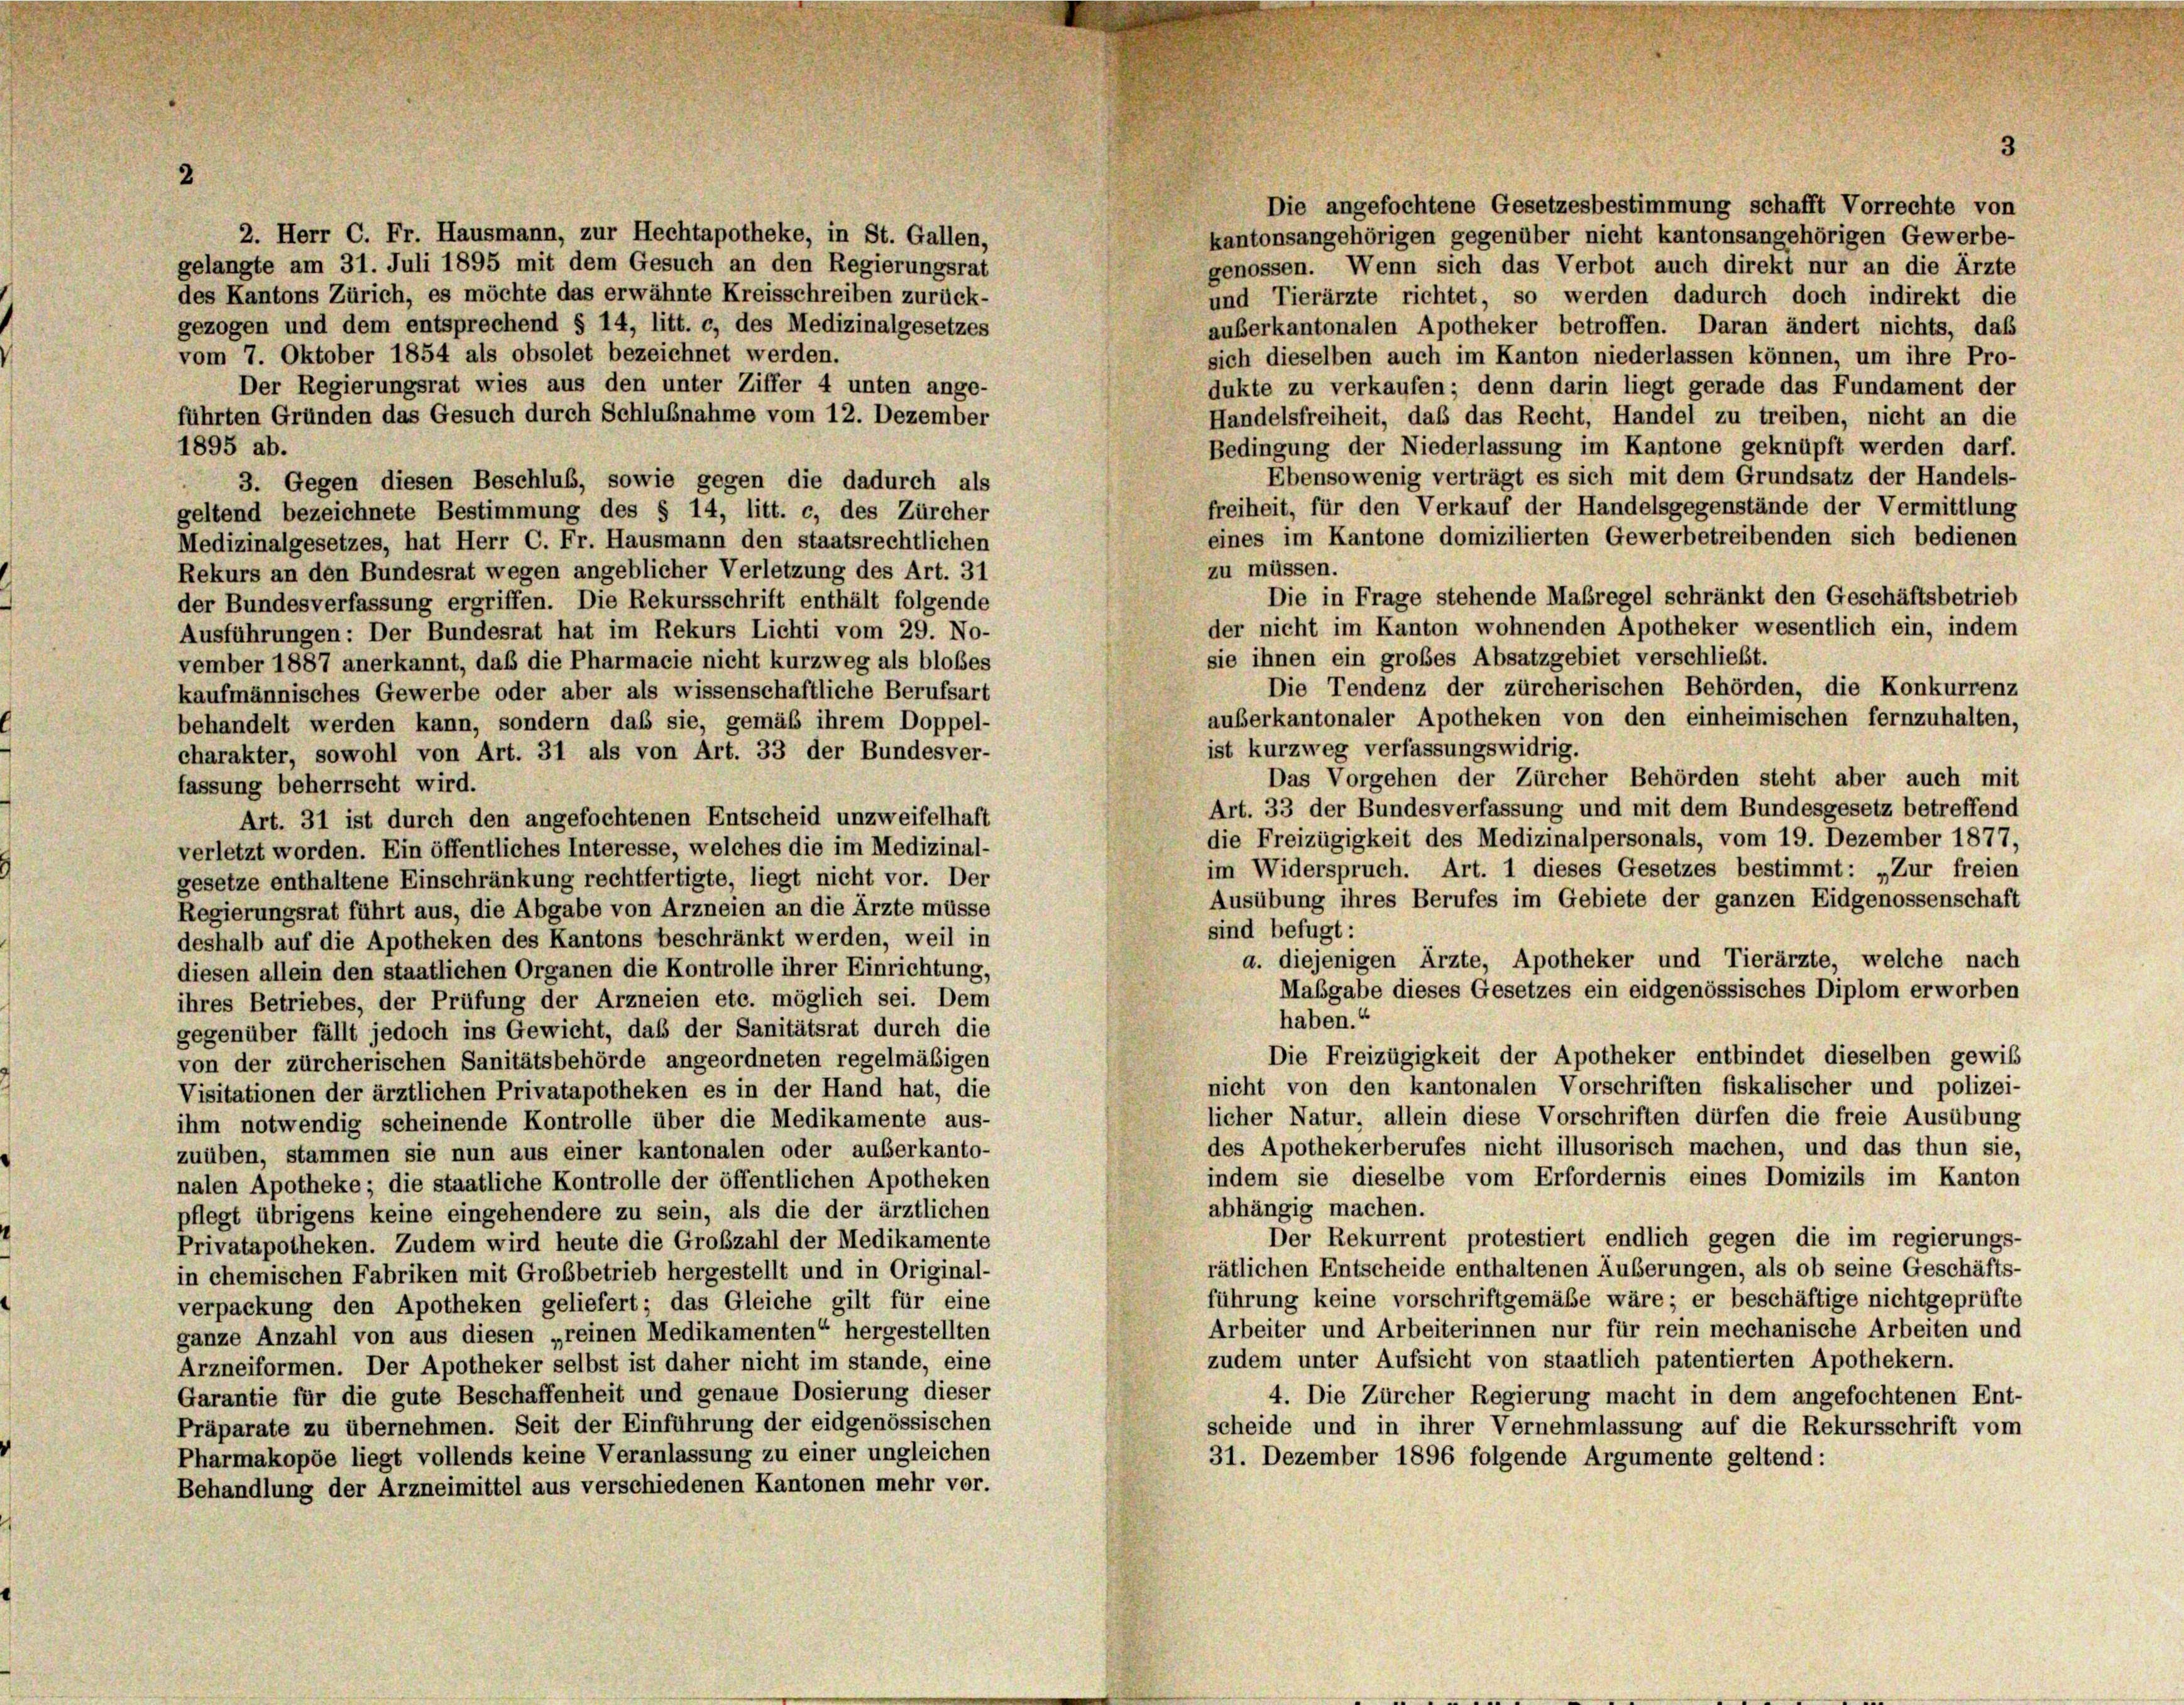
2

2. Herr C. Fr. Hausmann, zur Hechtapotheke, in St. Gallen,
gelangte am 31. Juli 1895 mit dem Gesuch an den Regierungsrat
des Kantons Zürich, es möchte das erwähnte Kreisschreiben zurück-
und Tierärzte richtet, so werden dadurch doch indirekt die
gezogen und dem entsprechend § 14, litt. c, des Medizinalgesetzes
auberkantonalen Apotheker betroffen. Daran ändert nichts, daß
vom 7. Oktober 1854 als obsolet bezeichnet werden.
sich dieselben auch im Kanton niederlassen können, um ihre Pro-
Der Regierungsrat wies aus den unter Ziffer 4 unten ange-
dukte zu verkaufen; denn darin liegt gerade das Fundament der
führten Gründen das Gesuch durch Schlußnahme vom 12. Dezember
Handelsfreiheit, daß das Recht, Handel zu treiben, nicht an die
Bedingung der Niederlassung im Kantone geknüpft werden darf.
1895 ab.
Ebensowenig verträgt es sich mit dem Grundsatz der Handels-
3. Gegen diesen Beschluß, sowie gegen die dadurch als
freiheit, für den Verkauf der Handelsgegenstände der Vermittlung
geltend bezeichnete Bestimmung des § 14, litt. c, des Zürcher
eines im Kantone domizilierten Gewerbetreibenden sich bedienen
Medizinalgesetzes, hat Herr C. Fr. Hausmann den staatsrechtlichen
zu müssen.
Rekurs an den Bundesrat wegen angeblicher Verletzung des Art. 31
Die in Frage stehende Maßregel schränkt den Geschäftsbetrieb
der Bundesverfassung ergriffen. Die Rekursschrift enthält folgende
der nicht im Kanton wohnenden Apotheker wesentlich ein, indem
Ausführungen: Der Bundesrat hat im Rekurs Lichti vom 29. No-
sie ihnen ein großes Absatzgebiet verschließt.
vember 1887 anerkannt, daß die Pharmacie nicht kurzweg als bloßes
Die Tendenz der zürcherischen Behörden, die Konkurrenz
kaufmännisches Gewerbe oder aber als wissenschaftliche Berufsart
auberkantonaler Apotheken von den einheimischen fernzuhalten,
behandelt werden kann, sondern daß sie, gemäß ihrem Doppel-
ist kurzweg verfassungswidrig.
charakter, sowohl von Art. 31 als von Art. 33 der Bundesver-
Das Vorgehen der Zürcher Behörden steht aber auch mit
fassung beherrscht wird.
Art. 33 der Bundesverfassung und mit dem Bundesgesetz betreffend
Art. 31 ist durch den angefochtenen Entscheid unzweifelhaft
die Freizügigkeit des Medizinalpersonals, vom 19. Dezember 1877,
verletzt worden. Ein öffentliches Interesse, welches die im Medizinal-
im Widerspruch. Art. 1 dieses Gesetzes bestimmt: „Zur freien
gesetze enthaltene Einschränkung rechtfertigte, liegt nicht vor. Der
Ausübung ihres Berufes im Gebiete der ganzen Eidgenossenschaft
Regierungsrat führt aus, die Abgabe von Arzneien an die Ärzte müsse
sind befugt:
deshalb auf die Apotheken des Kantons beschränkt werden, weil in
a. diejenigen Ärzte, Apotheker und Tierärzte, welche nach
diesen allein den staatlichen Organen die Kontrolle ihrer Einrichtung,
Mabgabe dieses Gesetzes ein eidgenössisches Diplom erworben
ihres Betriebes, der Prüfung der Arzneien etc. möglich sei. Dem
haben.“
gegenüber fällt jedoch ins Gewicht, daß der Sanitätsrat durch die
Die Freizügigkeit der Apotheker entbindet dieselben gewiß
von der zürcherischen Sanitätsbehörde angeordneten regelmäßigen
nicht von den kantonalen Vorschriften fiskalischer und polizei-
Visitationen der ärztlichen Privatapotheken es in der Hand hat, die
licher Natur, allein diese Vorschriften dürfen die freie Ausübung
ihm notwendig scheinende Kontrolle über die Medikamente aus-
des Apothekerberufes nicht illusorisch machen, und das thun sie,
zuüben, stammen sie nun aus einer kantonalen oder auserkanto-
indem sie dieselbe vom Erfordernis eines Domizils im Kanton
nalen Apotheke ; die staatliche Kontrolle der öffentlichen Apotheken
abhängig machen.
pflegt übrigens keine eingehendere zu sein, als die der ärztlichen
Der Rekurrent protestiert endlich gegen die im regierungs-
Privatapotheken. Zudem wird heute die Großzahl der Medikamente
rätlichen Entscheide enthaltenen Äußerungen, als ob seine Geschäfts-
in chemischen Fabriken mit Grobbetrieb hergestellt und in Original-
führung keine vorschriftgemäße wäre; er beschäftige nichtgeprüfte
verpackung den Apotheken geliefert; das Gleiche gilt für eine
Arbeiter und Arbeiterinnen nur für rein mechanische Arbeiten und
ganze Anzahl von aus diesen „reinen Medikamenten“ hergestellten
zudem unter Aufsicht von staatlich patentierten Apothekern.
Arzneiformen. Der Apotheker selbst ist daher nicht im stande, eine
Garantie für die gute Beschaffenheit und genaue Dosierung dieser
4. Die Zürcher Regierung macht in dem angefochtenen Ent-
Präparate zu übernehmen. Seit der Einführung der eidgenössischen
scheide und in ihrer Vernehmlassung auf die Rekursschrift vom
Pharmakopöe liegt vollends keine Veranlassung zu einer ungleichen
31. Dezember 1896 folgende Argumente geltend:
Behandlung der Arzneimittel aus verschiedenen Kantonen mehr vor.

Die angefochtene Gesetzesbestimmung schafft Vorrechte von
kantonsangehörigen gegenüber nicht kantonsangehörigen Gewerbe-
genossen. Wenn sich das Verbot auch direkt nur an die Ärzte